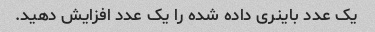
یک عدد باینری داده شده را یک عدد افزایش دهید.